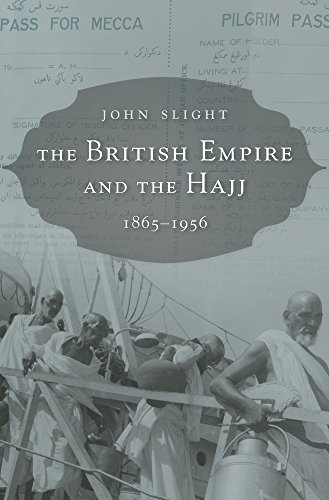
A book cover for The British Empire and the Hajj: 1865-1956; John Slight; History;